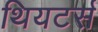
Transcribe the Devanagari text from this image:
थियटर्स